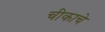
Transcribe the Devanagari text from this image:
चीकाचे